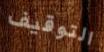
التوقيف